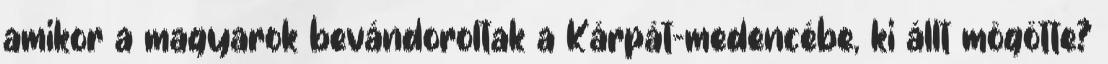
amikor a magyarok bevándoroltak a Kárpát-medencébe, ki állt mögötte?